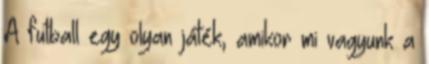
A futball egy olyan játék, amikor mi vagyunk a